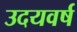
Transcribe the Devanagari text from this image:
उदयवर्ष